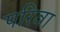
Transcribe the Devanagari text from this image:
परिवा